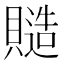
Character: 𧷹